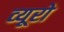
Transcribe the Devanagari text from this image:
व्‍यूरो